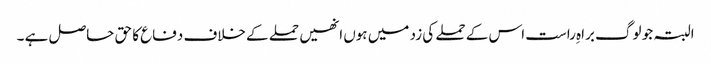
البتہ جو لوگ براہِ راست اس کے حملے کی زد میں ہوں انھیں حملے کے خلاف دفاع کا حق حاصل ہے ۔